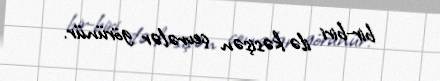
bir-biri ilə kəsişən çevrələr görünür.